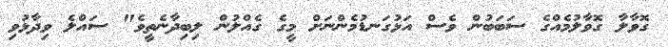
ގޮވާލާ ގޮވާލުމެއްގެ ސަބަބުން ވެސް އަޅުގަނޑުމެންނަށް މީގެ ގެއްލުން ލިބިދާނެތީވެ" ސައްލެ ވިދާޅުވި